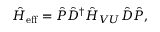
\begin{array} { r } { \hat { H } _ { \mathrm { e f f } } = \hat { P } \hat { D } ^ { \dagger } \hat { H } _ { V U } \hat { D } \hat { P } , } \end{array}